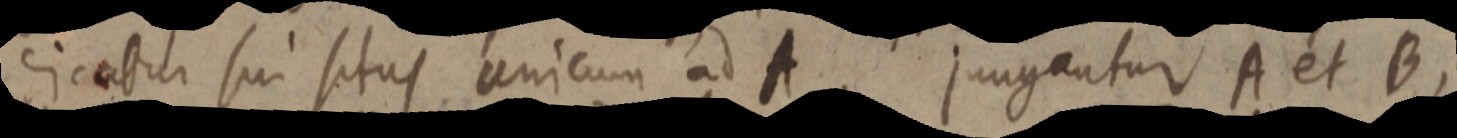
dicatur sui situs unicum ad A. jungantur A et B,